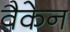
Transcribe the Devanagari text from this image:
वैकेन